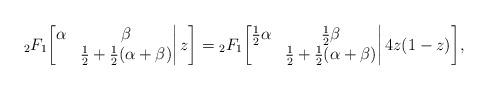
LaTeX: \begin{align*}{}_2F_1\bigg[\begin{matrix}\alpha&\beta\\&\frac12+\frac12(\alpha+\beta)\end{matrix}\bigg|\,z\bigg]={}_2F_1\bigg[\begin{matrix}\frac12\alpha&\frac12\beta\\&\frac12+\frac12(\alpha+\beta)\end{matrix}\bigg|\,4z(1-z)\bigg],\end{align*}